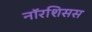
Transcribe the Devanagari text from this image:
नॉरशिसस